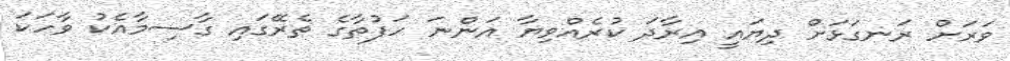
ވަރަށް ރަނގަޅަށް ދިޔައީ އިރާދަ ކުރެއްވިޔާ އަންނަ ހަފުތާގެ ތެރޭގައި ގާސިމާއެކު ވާހަކަ